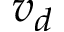
v _ { d }